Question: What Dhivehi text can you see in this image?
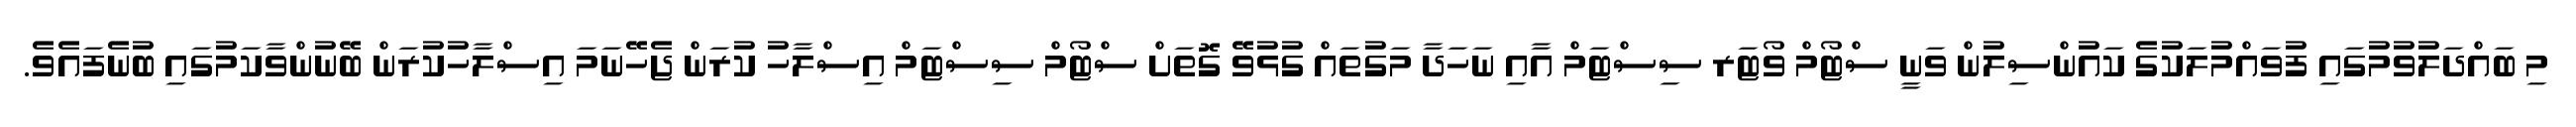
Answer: މި ބައްދަލުވުމުގައި ފުވައްމުލަކުގެ ކައުންސިލުން ވަނީ ސްޓޯމް ވޯޓަރ ސިސްޓަމް އާއި ނަހަދާ މަގުތައް ގުޅުވޭ ގޮތަށް ސްޓޯމް ސިސްޓަމް އިސްލާހު ކުރަން ޖެހޭނަމަ އިސްލާހުކުރަން ބޭނުންވާކަމުގައި ބުނެފައެވެ.